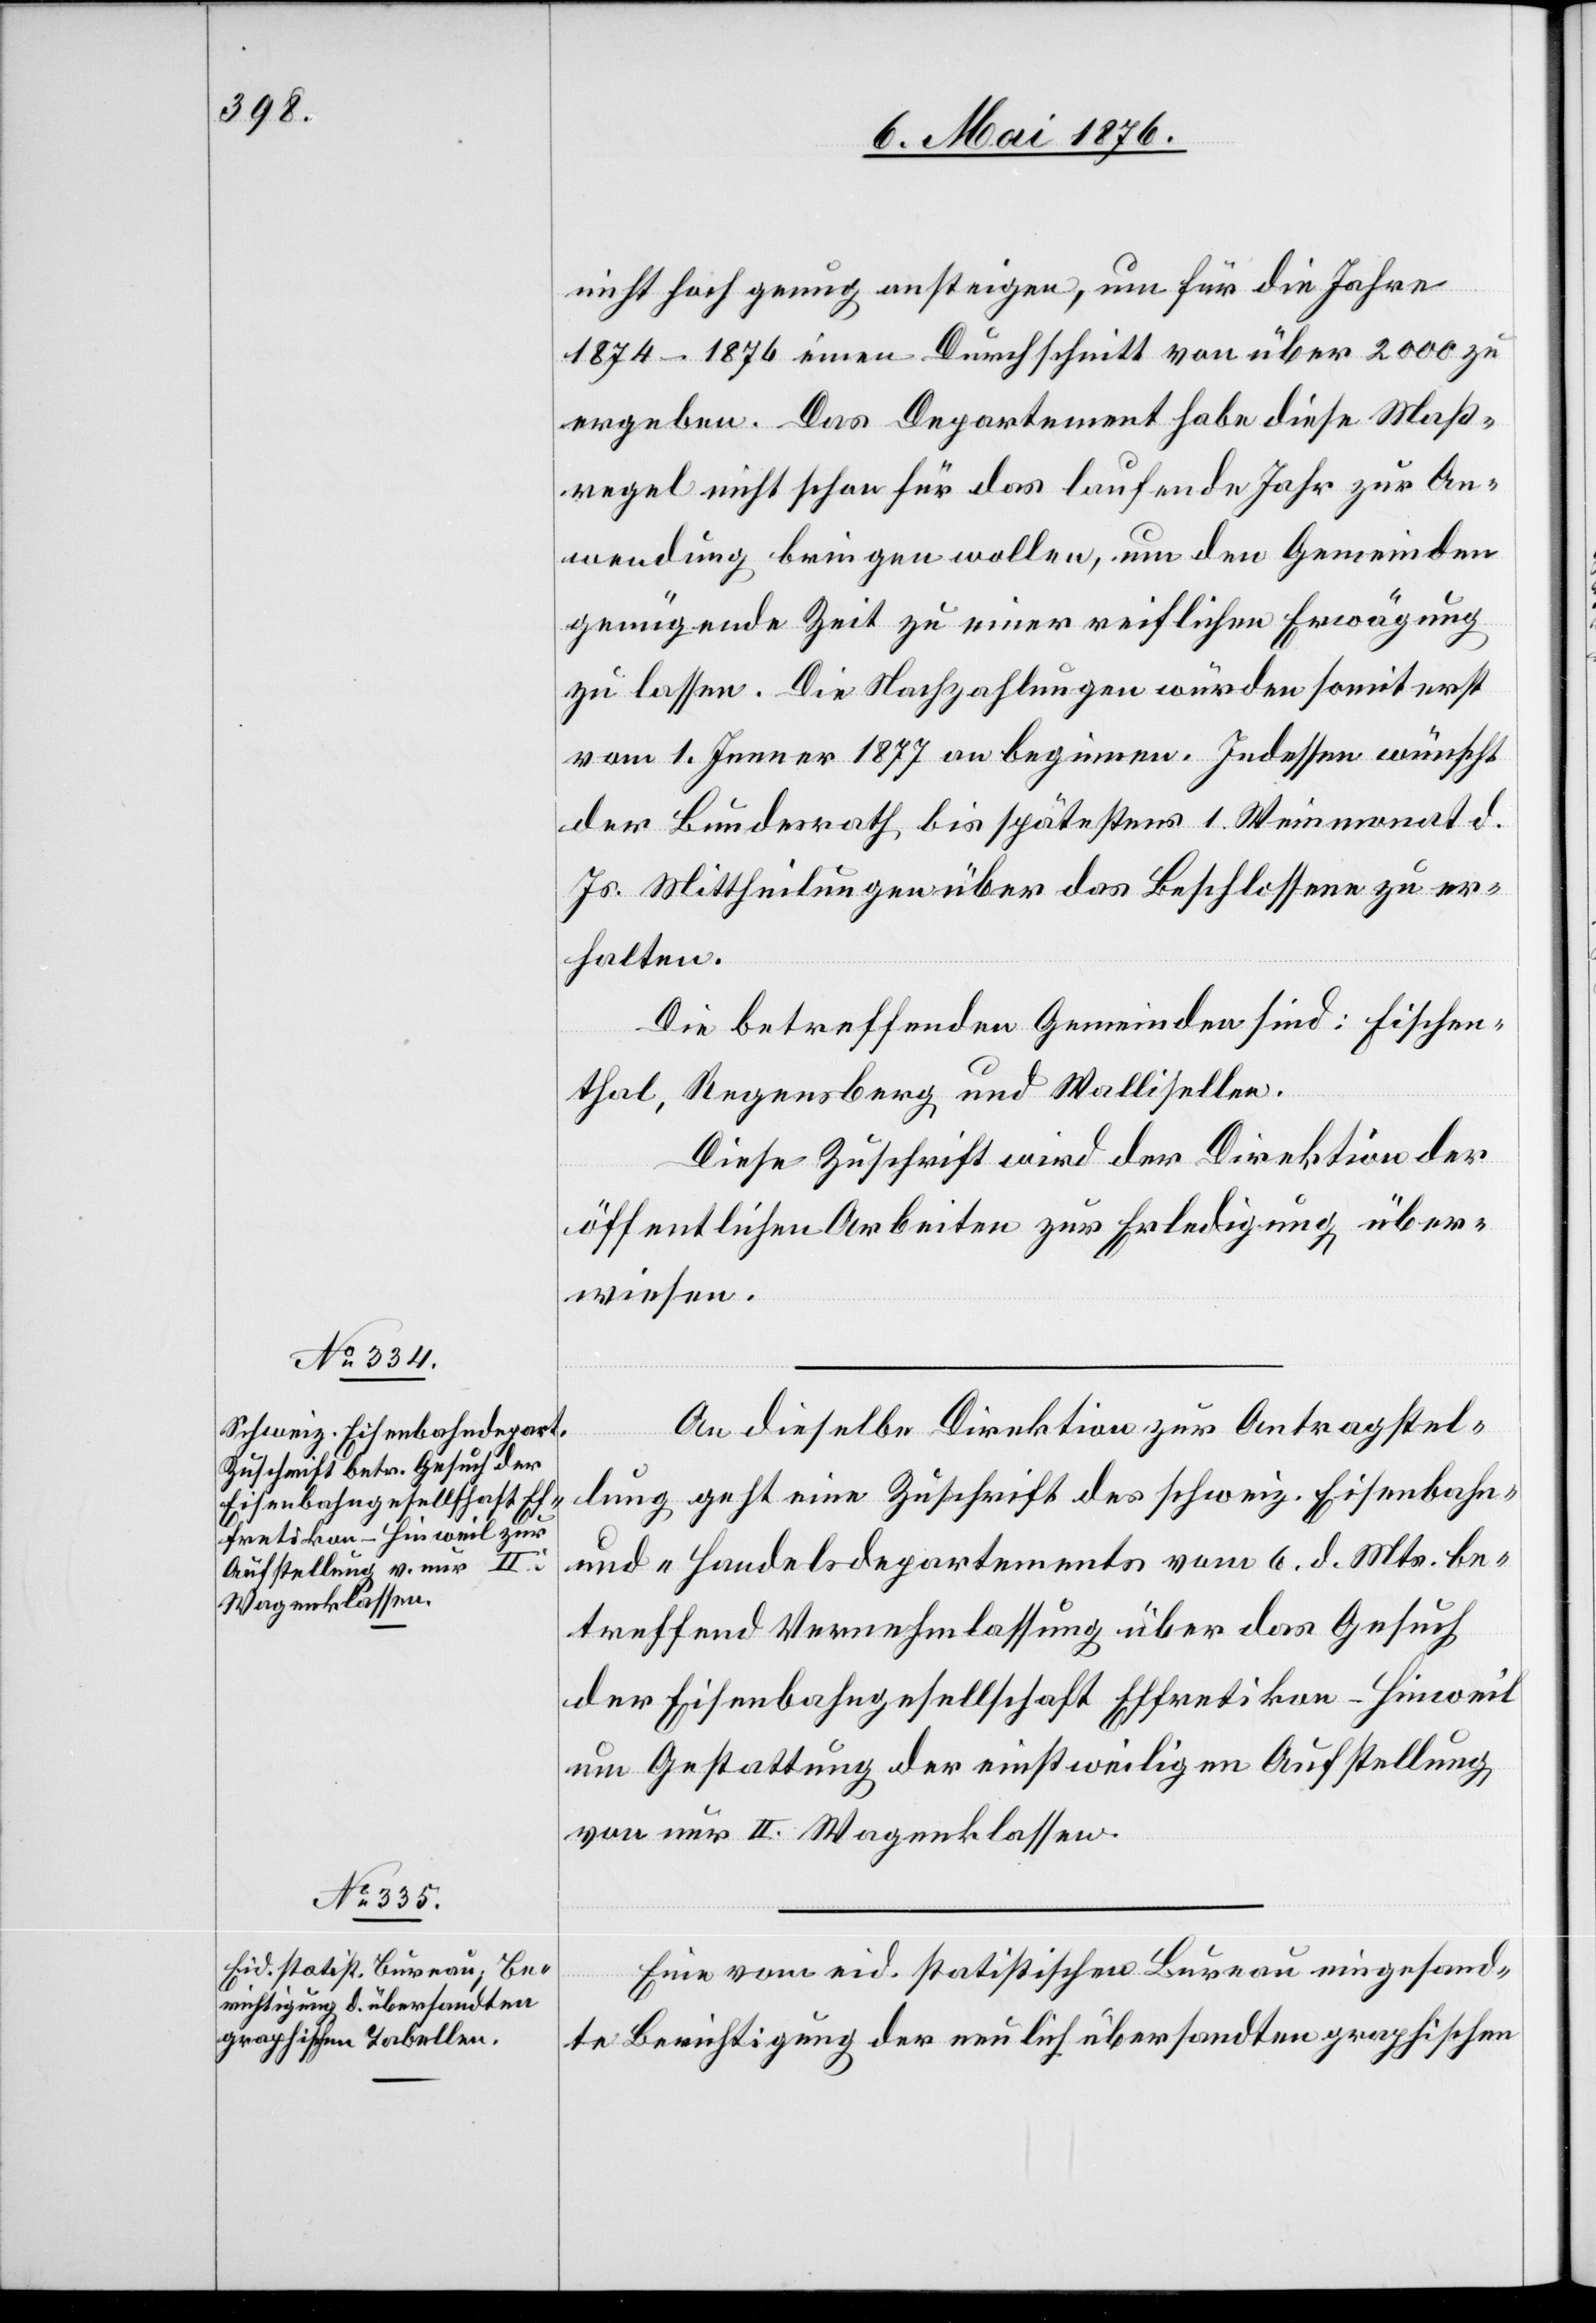
8. Mai 1876.]
nicht hoch genug ansteigen, um für die Jahre
1874–1876 einen Durchschnitt von über 2000 zu
ergeben. Das Departement habe diese Maß¬
regel nicht schon für das laufende Jahr zur An¬
wendung bringen wollen, um den Gemeinden
genügende Zeit zu einer reiflichen Erwägung
zu lassen. Die Nachzahlungen würden somit erst
vom 1. Jenner 1877 an beginnen. Indessen wünscht
der Bundesrath bis spätestens 1. Weinmonat d.
Js. Mittheilungen über das Beschlossene zu er¬
halten.
Die betreffenden Gemeinden sind: Fischen¬
thal, Regensberg und Wallisellen.
Diese Zuschrift wird der Direktion der
öffentlichen Arbeiten zur Erledigung über¬
wiesen.
An dieselbe Direktion zur Antragstel¬
lung geht eine Zuschrift des schweiz. Eisenbahn-
und Handelsdepartement vom 6. d. Mts. be¬
treffend Vernehmlassung über das Gesuch
der Eisenbahngesellschaft Effretikon–Hinweil
um Gestattung der einstweiligen Aufstellung
von nur II. Wagenklassen.
Eine vom eid. statistischen Bureau eingesand¬
te Berichtigung der neulich übersandten graphischen